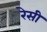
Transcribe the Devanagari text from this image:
रेसी